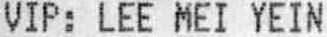
VIP: LEE MEI YEIN